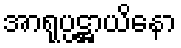
အာရုပ္ပဋ္ဌာယိနော